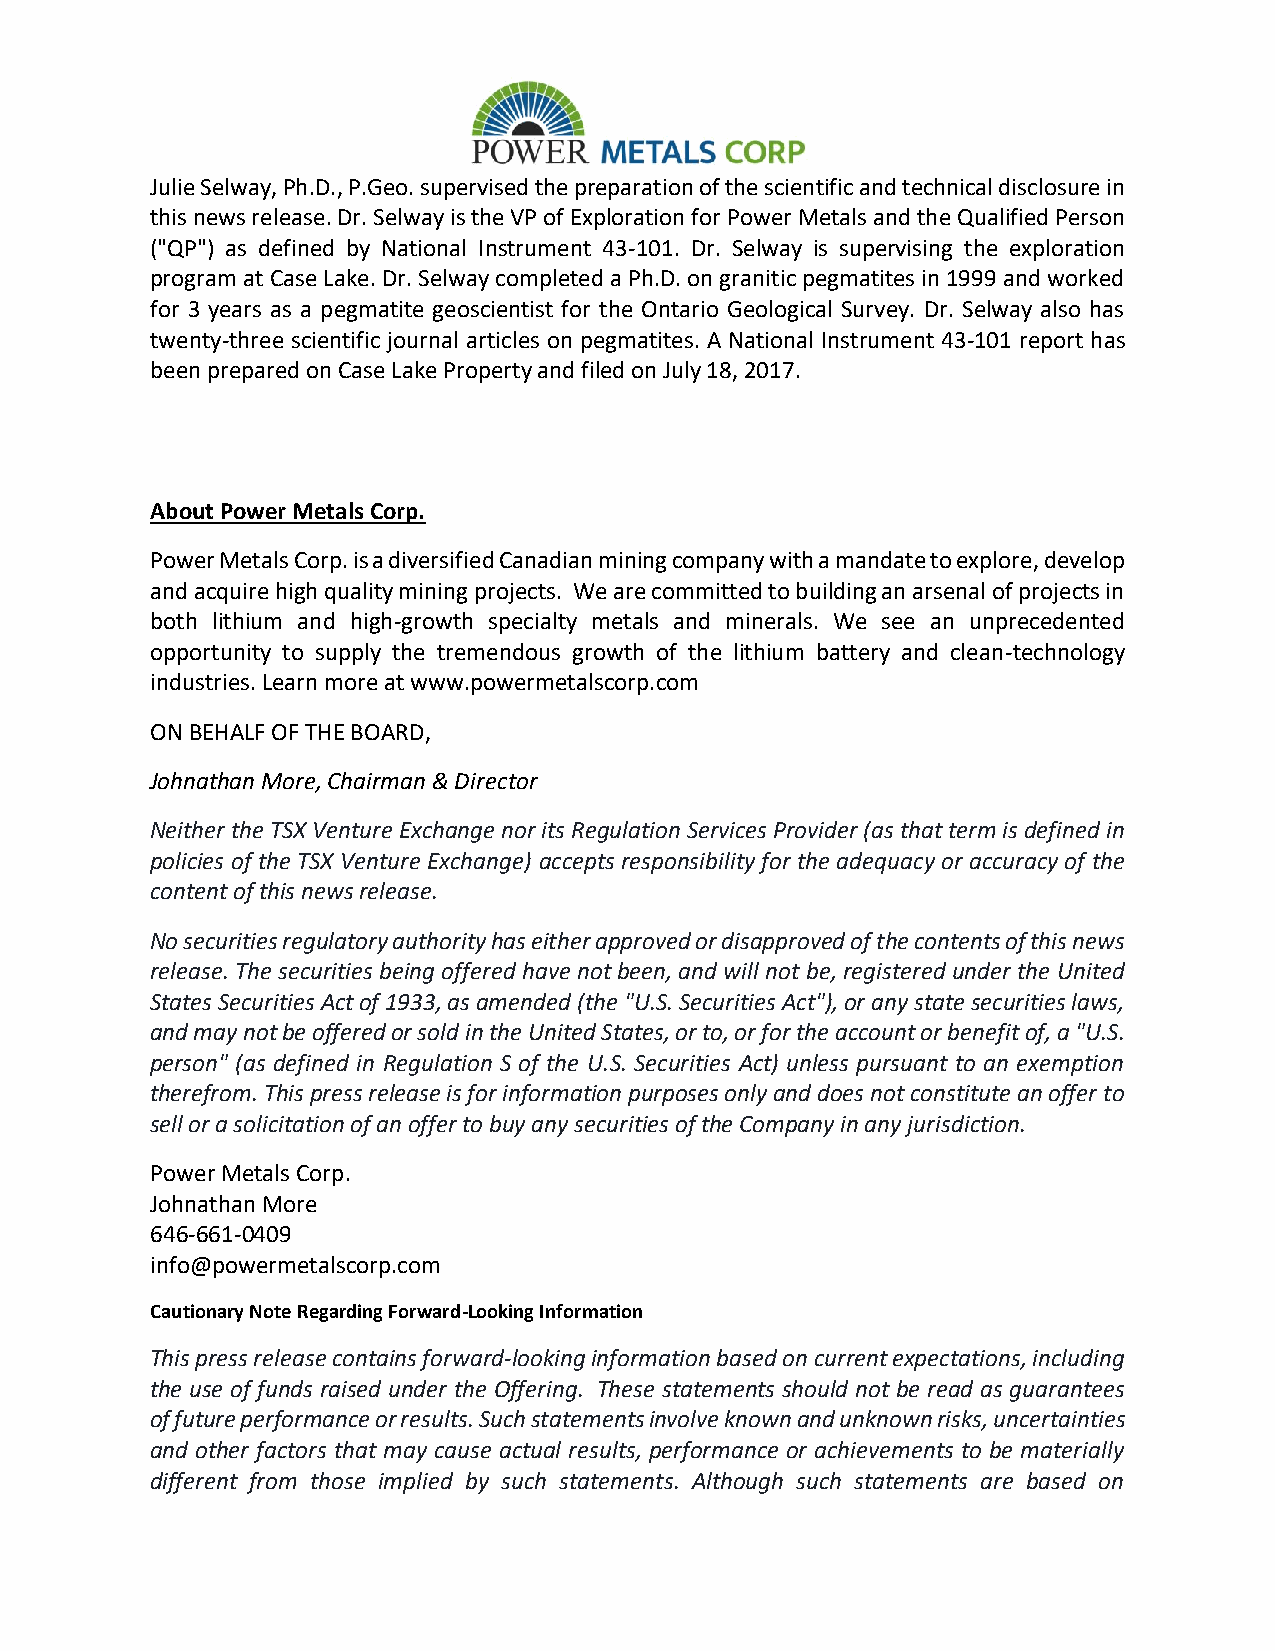
Julie Selway, Ph.D., P.Geo. supervised the preparation of the scientific and technical disclosure in
 this news release. Dr. Selway is the VP of Exploration for Power Metals and the Qualified Person
 ("QP") as defined by National Instrument 43-101. Dr. Selway is supervising the exploration
 program at Case Lake. Dr. Selway completed a Ph.D. on granitic pegmatites in 1999 and worked
 for 3 years as a pegmatite geoscientist for the Ontario Geological Survey. Dr. Selway also has
 twenty-three scientific journal articles on pegmatites. A National Instrument 43-101 report has
 been prepared on Case Lake Property and filed on July 18, 2017.
 About Power Metals Corp.
 Power Metals Corp. is a diversified Canadian mining company with a mandate to explore, develop
 and acquire high quality mining projects. We are committed to building an arsenal of projects in
 both lithium and high-growth specialty metals and minerals. We see an unprecedented
 opportunity to supply the tremendous growth of the lithium battery and clean-technology
 industries. Learn more at www.powermetalscorp.com
 ON BEHALF OF THE BOARD,
 Johnathan More, Chairman & Director
 Neither the TSX Venture Exchange nor its Regulation Services Provider (as that term is defined in
 policies of the TSX Venture Exchange) accepts responsibility for the adequacy or accuracy of the
 content of this news release.
 No securities regulatory authority has either approved or disapproved of the contents of this news
 release. The securities being offered have not been, and will not be, registered under the United
 States Securities Act of 1933, as amended (the "U.S. Securities Act"), or any state securities laws,
 and may not be offered or sold in the United States, or to, or for the account or benefit of, a "U.S.
 person" (as defined in Regulation S of the U.S. Securities Act) unless pursuant to an exemption
 therefrom. This press release is for information purposes only and does not constitute an offer to
 sell or a solicitation of an offer to buy any securities of the Company in any jurisdiction.
 Power Metals Corp.
 Johnathan More
 646-661-0409
 info@powermetalscorp.com
 Cautionary Note Regarding Forward-Looking Information
 This press release contains forward-looking information based on current expectations, including
 the use of funds raised under the Offering. These statements should not be read as guarantees
 of future performance or results. Such statements involve known and unknown risks, uncertainties
 and other factors that may cause actual results, performance or achievements to be materially
 different from those implied by such statements. Although such statements are based on